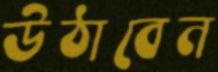
উঠাবেন